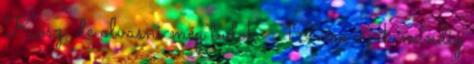
Kösz, de olvasni még tudok. : 19-ére írják mindig